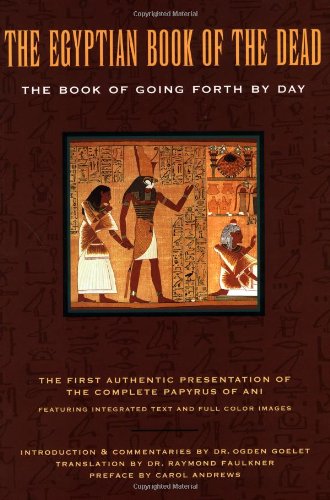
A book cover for The Egyptian Book of the Dead: The Book of Going Forth by Day; Raymond Faulkner; Religion & Spirituality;